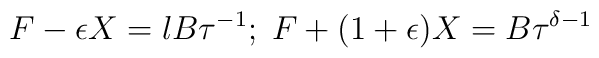
F - \epsilon X = l B \tau^{-1} ; \;F + (1 + \epsilon) X = B \tau^{\delta - 1}